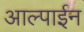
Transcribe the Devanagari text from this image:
आल्पाईन